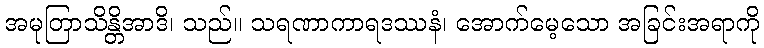
အမုတြာသိန္တိအာဒိ၊ သည်။ သရဏာကာရဒဿနံ၊ အောက်မေ့သော အခြင်းအရာကို